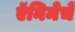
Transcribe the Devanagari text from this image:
ऍनिमेचे